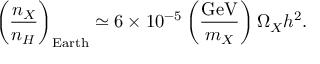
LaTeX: \left( \frac { n _ { X } } { n _ { H } } \right) _ { \mathrm { E a r t h } } \simeq 6 \times 1 0 ^ { - 5 } \left( \frac { \mathrm { G e V } } { m _ { X } } \right) \Omega _ { X } h ^ { 2 } .